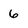
Character: 6